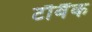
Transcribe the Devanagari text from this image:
टौबैंक